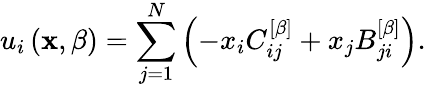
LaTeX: u_{i}\left(\mathbf{x},\beta\right)=\sum_{j=1}^{N}\left(-x_{i}C_{ij}^{\left[\beta\right]}+x_{j}B_{ji}^{\left[\beta\right]}\right).